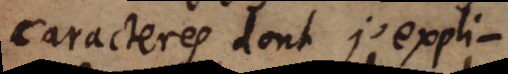
caracteres dont j’expli